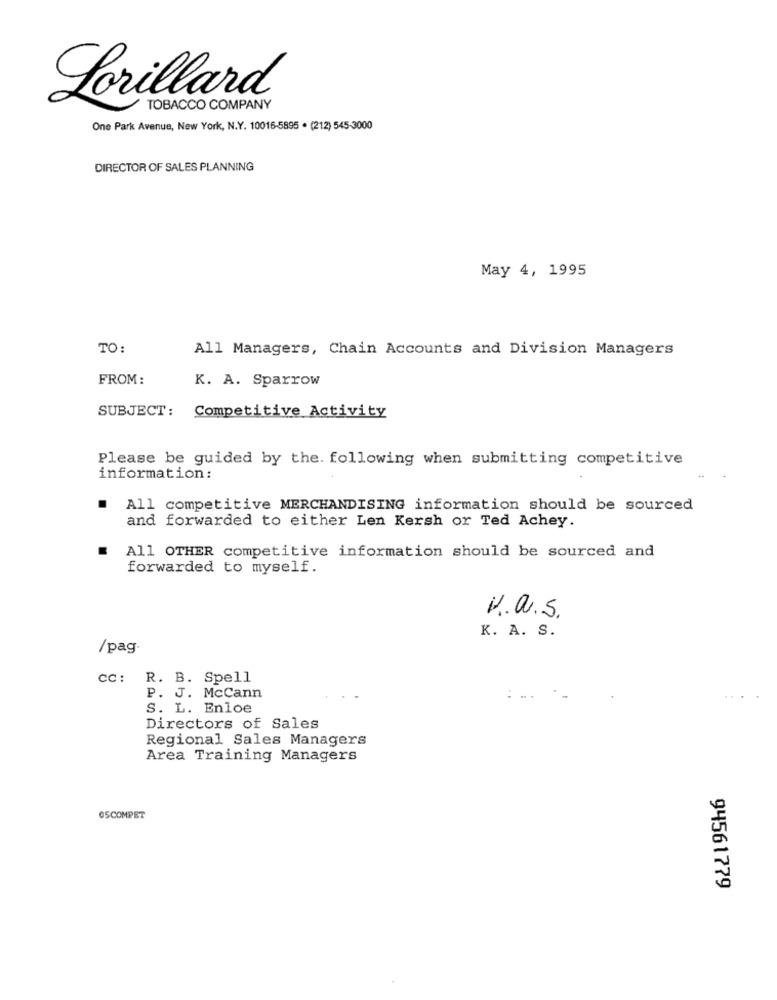
Lorillard
TOBACCO COMPANY
One Park Avenue, New York, N.Y. 10016-5895 . (212) 545-3000
DIRECTOR OF SALES PLANNING
May 4, 1995
TO:
All Managers, Chain Accounts and Division Managers
FROM:
K. A. Sparrow
SUBJECT: Competitive Activity
Please be guided by the. following when submitting competitive
information:
.
All competitive MERCHANDISING information should be sourced
and forwarded to either Len Kersh or Ted Achey.
.
All OTHER competitive information should be sourced and
forwarded to myself.
K.a.S.
K. A. S.
/pag
cc: R. B. Spell
P. J. McCann
S. L. Enloe
Directors of Sales
Regional Sales Managers
Area Training Managers
OSCOMPET
94561779